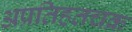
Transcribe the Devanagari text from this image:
अप्रतिहतचक्र